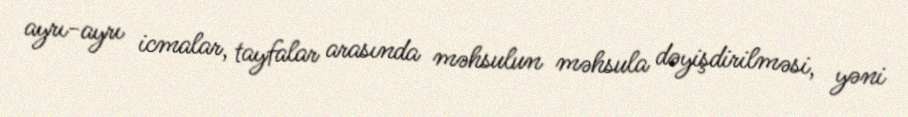
ayrı-ayrı icmalar, tayfalar arasında məhsulun məhsula dəyişdirilməsi, yəni